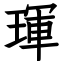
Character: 琿